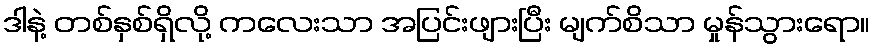
ဒါနဲ့ တစ်နှစ်ရှိလို့ ကလေးသာ အပြင်းဖျားပြီး မျက်စိသာ မှုန်သွားရော။